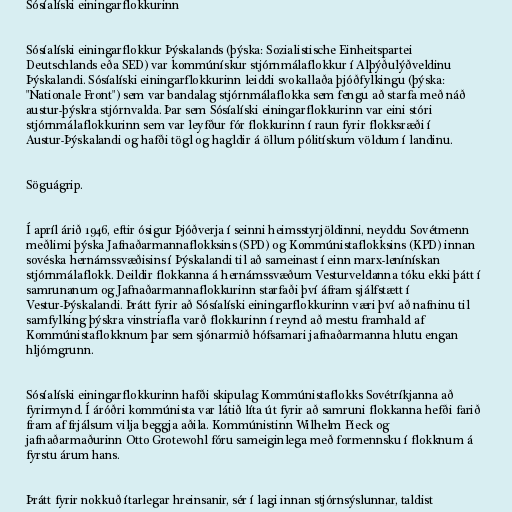
Sósíalíski einingarflokkurinn

Sósíalíski einingarflokkur Þýskalands (þýska: Sozialistische Einheitspartei
Deutschlands eða SED) var kommúnískur stjórnmálaflokkur í Alþýðulýðveldinu
Þýskalandi. Sósíalíski einingarflokkurinn leiddi svokallaða þjóðfylkingu (þýska:
"Nationale Front") sem var bandalag stjórnmálaflokka sem fengu að starfa með náð
austur-þýskra stjórnvalda. Þar sem Sósíalíski einingarflokkurinn var eini stóri
stjórnmálaflokkurinn sem var leyfður fór flokkurinn í raun fyrir flokksræði í
Austur-Þýskalandi og hafði tögl og hagldir á öllum pólitískum völdum í landinu.

Söguágrip.

Í apríl árið 1946, eftir ósigur Þjóðverja í seinni heimsstyrjöldinni, neyddu Sovétmenn
meðlimi þýska Jafnaðarmannaflokksins (SPD) og Kommúnistaflokksins (KPD) innan
sovéska hernámssvæðisins í Þýskalandi til að sameinast í einn marx-lenínískan
stjórnmálaflokk. Deildir flokkanna á hernámssvæðum Vesturveldanna tóku ekki þátt í
samrunanum og Jafnaðarmannaflokkurinn starfaði því áfram sjálfstætt í
Vestur-Þýskalandi. Þrátt fyrir að Sósíalíski einingarflokkurinn væri því að nafninu til
samfylking þýskra vinstriafla varð flokkurinn í reynd að mestu framhald af
Kommúnistaflokknum þar sem sjónarmið hófsamari jafnaðarmanna hlutu engan
hljómgrunn.

Sósíalíski einingarflokkurinn hafði skipulag Kommúnistaflokks Sovétríkjanna að
fyrirmynd. Í áróðri kommúnista var látið líta út fyrir að samruni flokkanna hefði farið
fram af frjálsum vilja beggja aðila. Kommúnistinn Wilhelm Pieck og
jafnaðarmaðurinn Otto Grotewohl fóru sameiginlega með formennsku í flokknum á
fyrstu árum hans.

Þrátt fyrir nokkuð ítarlegar hreinsanir, sér í lagi innan stjórnsýslunnar, taldist